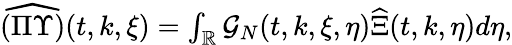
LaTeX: \begin{array}{r}{\widehat{(\Pi\Upsilon)}(t,k,\xi)=\int_{\mathbb{R}}\mathcal{G}_{N}(t,k,\xi,\eta)\widehat{\Xi}(t,k,\eta)d\eta,}\end{array}